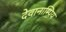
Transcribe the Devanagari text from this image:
देवानाम्पिय